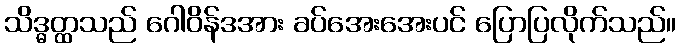
သိဒ္ဓတ္ထသည် ဂေါဝိန်ဒအား ခပ်အေးအေးပင် ပြောပြလိုက်သည်။